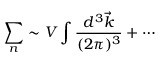
\sum _ { n } \sim V \int { \frac { d ^ { 3 } \vec { k } } { ( 2 \pi ) ^ { 3 } } } + \cdots